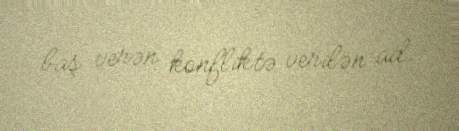
baş verən konfliktə verilən ad.